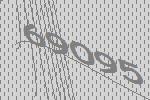
69095